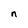
Character: n